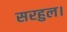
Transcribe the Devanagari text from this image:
सरहुल।